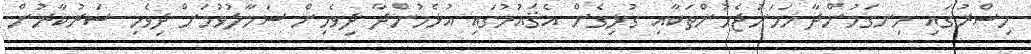
މިސްރުގައި ހިނގަމުންދާ ހަމަނުޖެހުންތަކާއި ގުޅިގެން އެޤައުމުގައި އުޅެމުންދާ ދިވެހިން ސަމާލުވުމަށް ދިވެހި ސަރުކާރުން